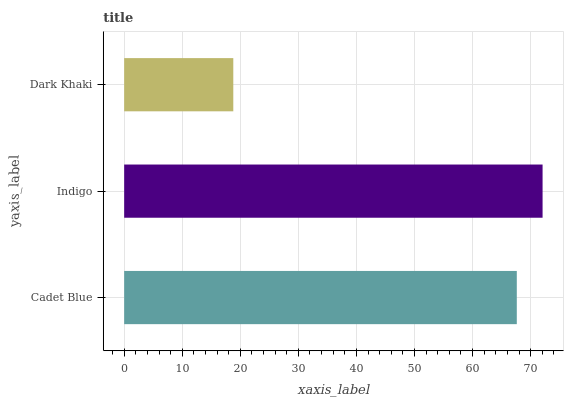
| yaxis_label | bars |
 | --- | --- |
 | Cadet Blue | 67.6 |
 | Indigo | 72.1 |
 | Dark Khaki | 18.8 |